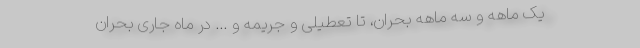
یک ماهه و سه ماهه بحران، تا تعطیلی و جریمه و ... در ماه جاری بحران